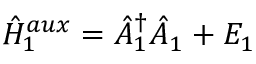
\hat { H } _ { 1 } ^ { a u x } = \hat { A } _ { 1 } ^ { \dagger } \hat { A } _ { 1 } ^ { \phantom { \dagger } } + E _ { 1 }